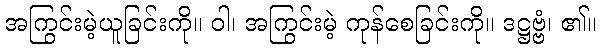
အကြွင်းမဲ့ယူခြင်းကို။ ဝါ၊ အကြွင်းမဲ့ ကုန်စေခြင်းကို။ ဒဋ္ဌဗ္ဗံ၊ ၏။